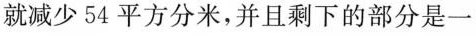
就减少54平方分米，并且剩下的部分是一